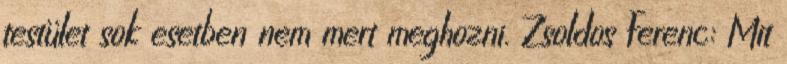
testület sok esetben nem mert meghozni. Zsoldos Ferenc: Mit